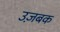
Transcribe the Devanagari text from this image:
उज़बक